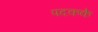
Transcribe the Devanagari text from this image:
पदकके